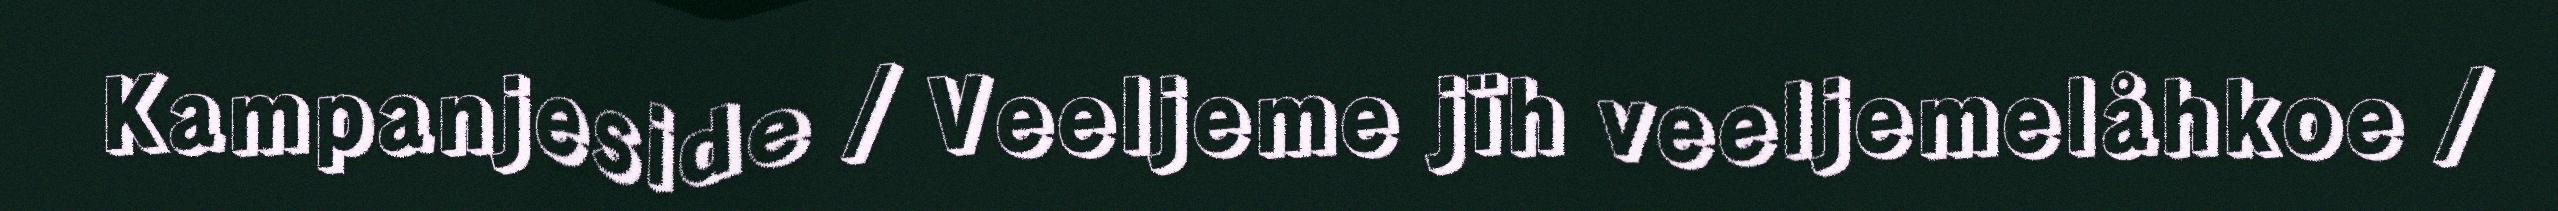
Kampanjeside / Veeljeme jïh veeljemelåhkoe /